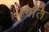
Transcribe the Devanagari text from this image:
प्रगति